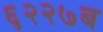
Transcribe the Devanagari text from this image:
६२२७ब